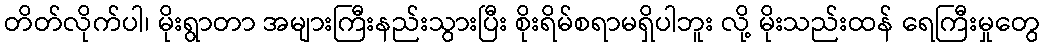
တိတ်လိုက်ပါ၊ မိုးရွာတာ အများကြီးနည်းသွားပြီး စိုးရိမ်စရာမရှိပါဘူး လို့ မိုးသည်းထန် ရေကြီးမှုတွေ